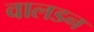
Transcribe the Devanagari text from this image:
वालडन